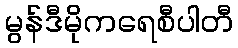
မွန်ဒီမိုကရေစီပါတီ